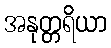
အနုတ္တရိယာ